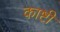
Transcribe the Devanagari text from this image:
काष्टी